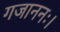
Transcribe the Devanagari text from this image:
गजाननः।